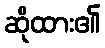
ဆိုထား၏